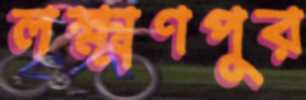
লক্ষ্মণপুর